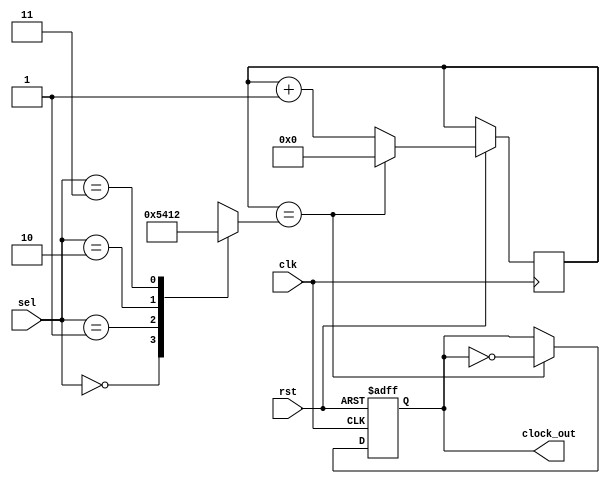
`timescale 1ns / 1ps
//////////////////////////////////////////////////////////////////////////////////
// Company: Self
// 
// Design Name: 
// Module Name: baud_rate_generator
// Project Name: 
// Target Devices: 
// Tool Versions: 
// Description: 
// 
// Dependencies: 
// 
// Revision:
// Revision 0.01 - File Created
// Additional Comments:
// 
//////////////////////////////////////////////////////////////////////////////////


module baud_rate_generator(sel, clk, rst, clock_out);
input clk, rst;
input [1:0] sel;
output reg clock_out = 0;
reg [3:0]temp = 0;
reg [3:0]count = 0;

always @(sel)
begin
case(sel)
2'b00: temp <= 4'h5;
2'b01: temp <= 4'h4;
2'b10: temp <= 4'h1;
2'b11: temp <= 4'h2;
endcase
end

always @(posedge clk or negedge rst)
begin
if(!rst)
 clock_out <= 0;
else if( count == temp )
 begin
  count = 0;
  clock_out <= !clock_out;
 end
else
 begin
  count = count + 1;
  clock_out <= clock_out;
 end
end
 
endmodule